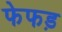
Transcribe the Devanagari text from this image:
फेफड़